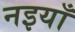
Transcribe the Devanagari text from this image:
नइयाँ